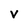
Character: V